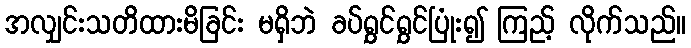
အလျှင်းသတိထားမိခြင်း မရှိဘဲ ခပ်ရွှင်ရွှင်ပြုံး၍ ကြည့် လိုက်သည်။